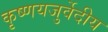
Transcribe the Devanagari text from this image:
कृष्णयजुर्वेदीय